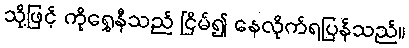
သို့ဖြင့် ကိုရွှေနီသည် ငြိမ်၍ နေလိုက်ရပြန်သည်။